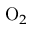
{ \mathrm { O } } _ { 2 }